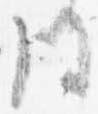
同